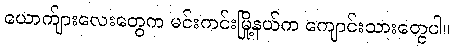
ယောက်ျားလေးတွေက မင်းကင်းမြို့နယ်က ကျောင်းသားတွေပါ။